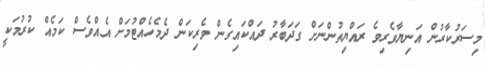
މިސަރުކާރުން އަނިޔާވެރިވެ ރައްޔިތުންނަށް ގަދަބާރު ދައްކައިގެން ވެރިކަން ދެމެހެއްޓުމަށް އެއްވެސް ކަމެއް ކުރުމަކީ